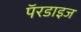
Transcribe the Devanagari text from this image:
पॅरडाइज